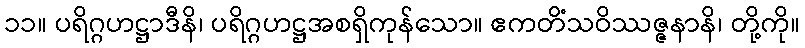
၁၁။ ပရိဂ္ဂဟဋ္ဌာဒီနိ၊ ပရိဂ္ဂဟဋ္ဌအစရှိကုန်သော။ ဧကတိံသဝိဿဇ္ဇနာနိ၊ တို့ကို။